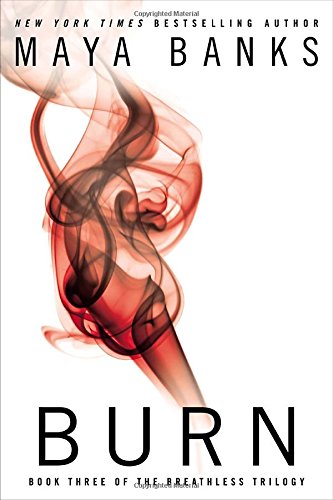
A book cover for Burn (Breathless); Maya Banks; Romance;